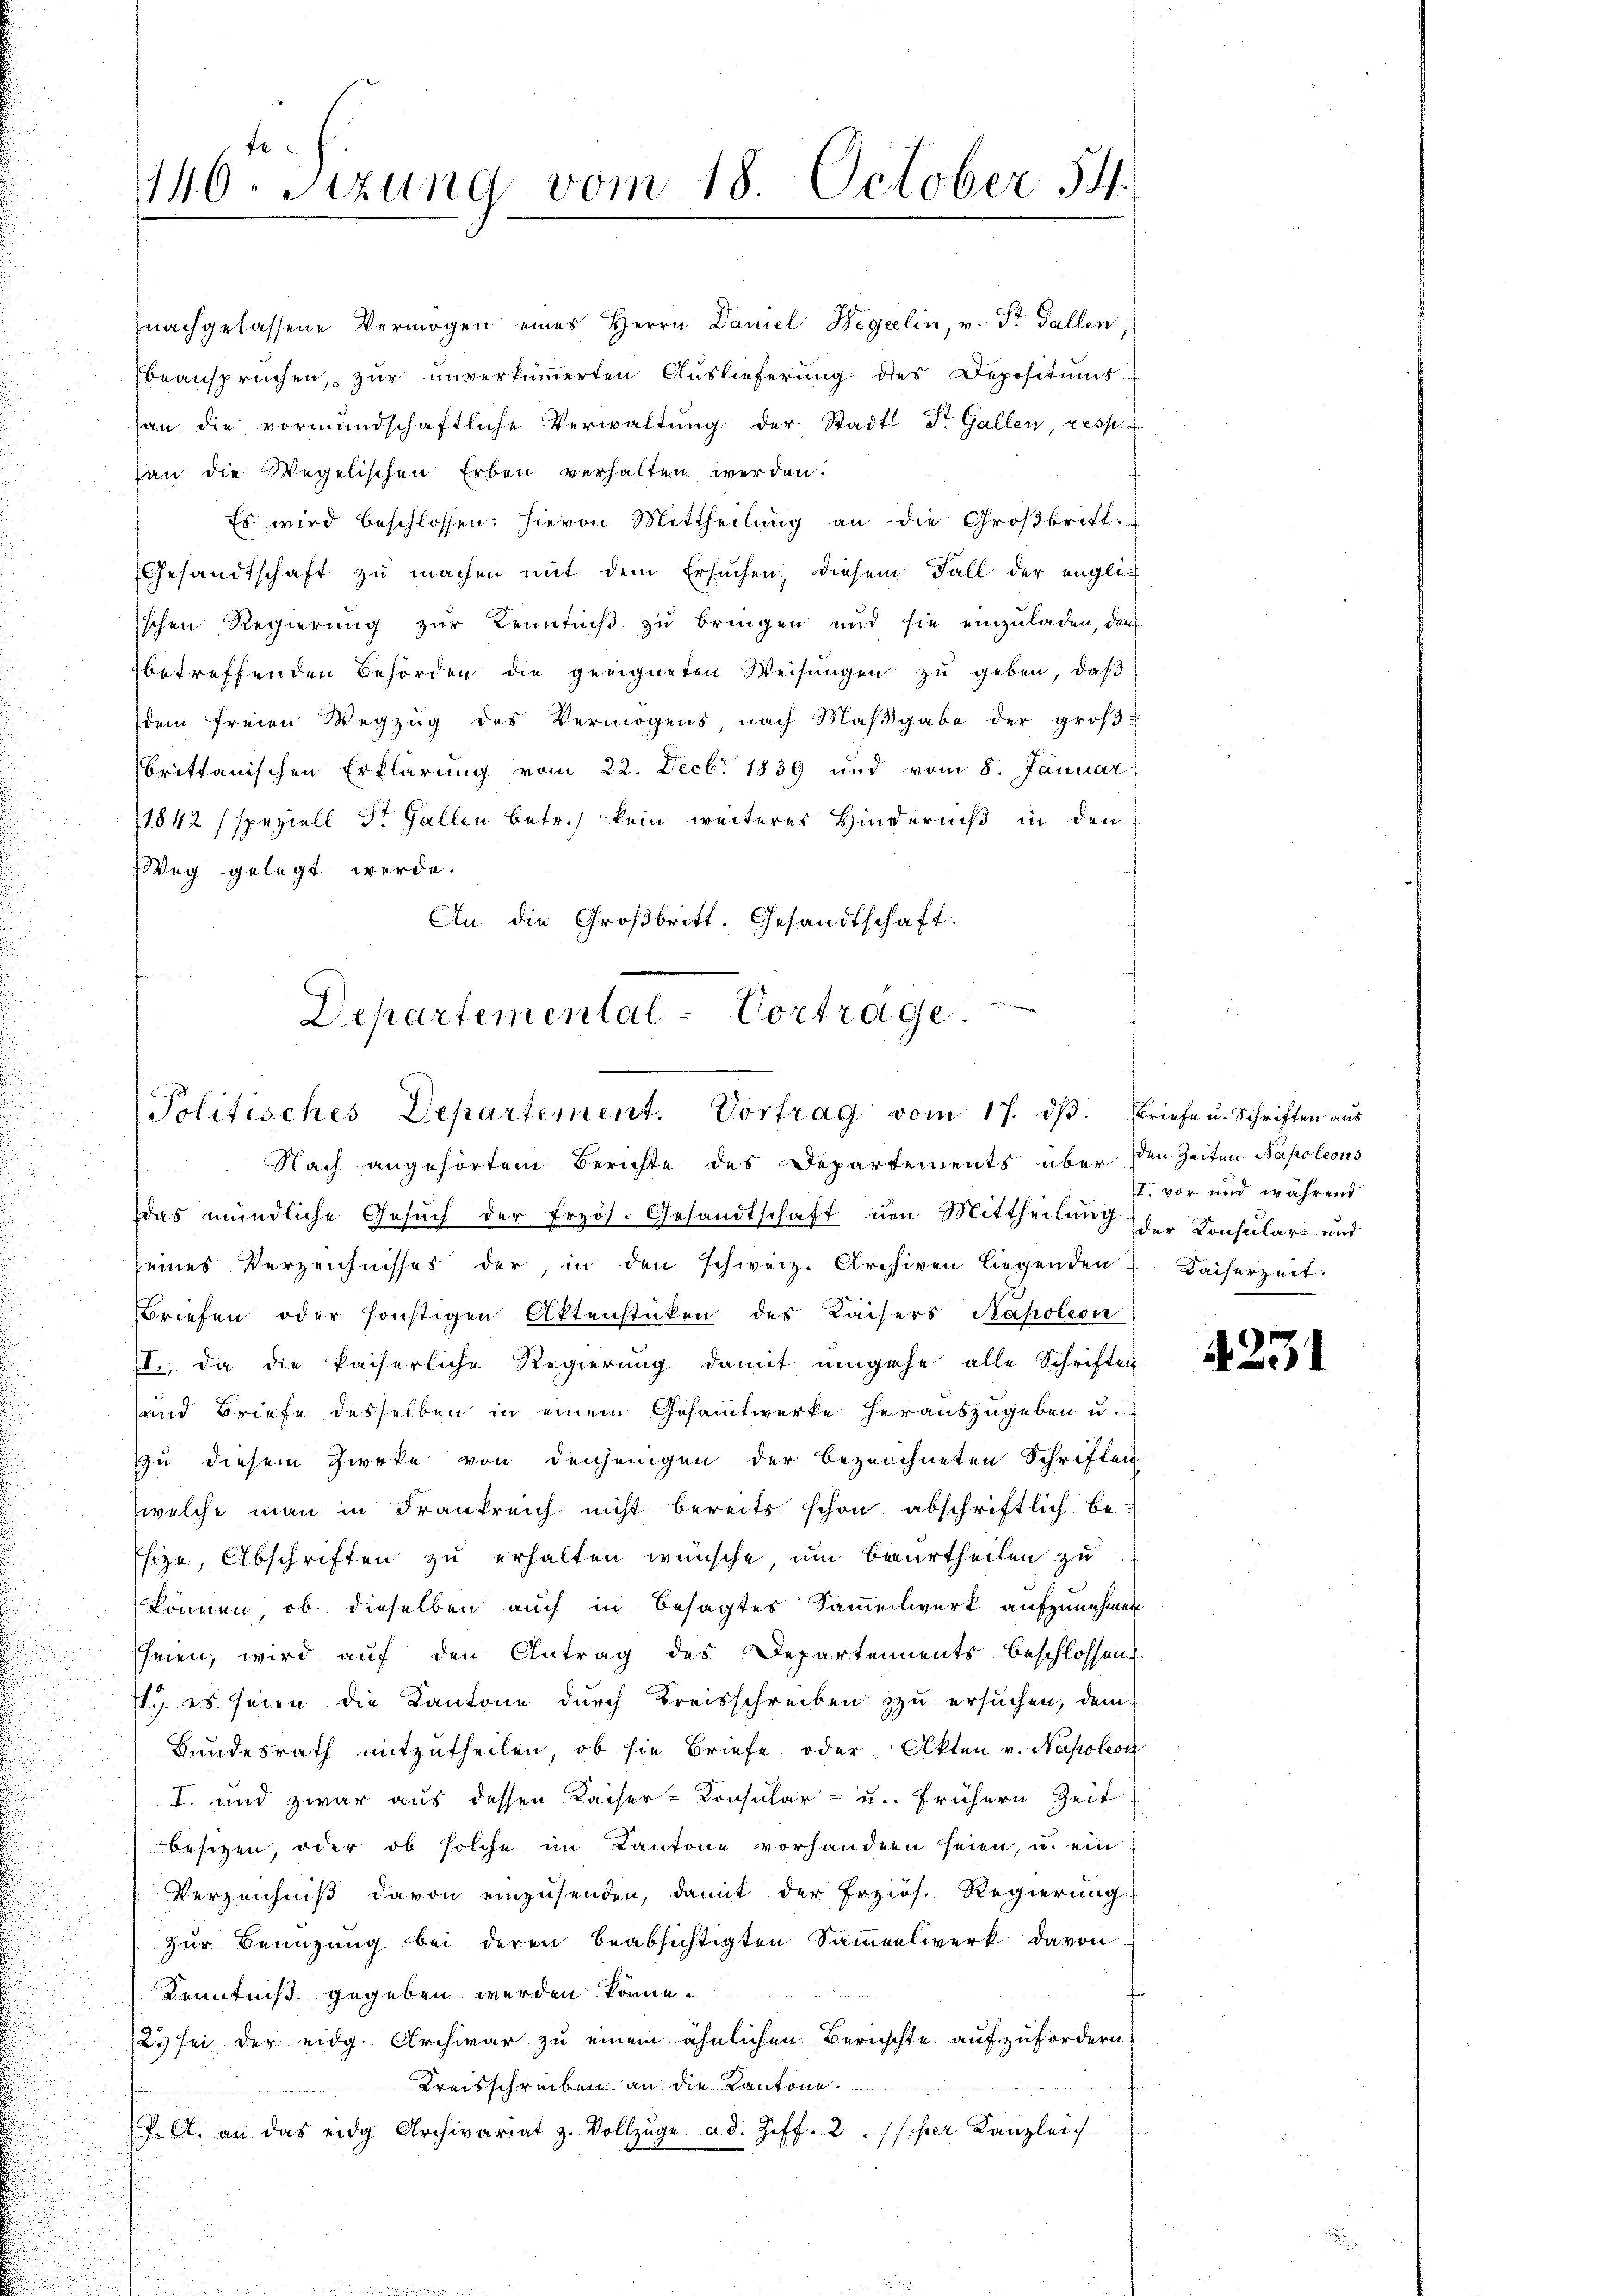
140. Sitzung vom 18. October 54.

nachgelassene Vermögen eines Herrn Daniel Wegeelin, v. St. Gallen,
beanspruchen, zur unverkümmerten Auslieferung des Depositums
han die vormundschaftliche Verwaltŭng der Stadts. Dr. Gallen, resp.
an die Wegelischen Erben verhalten werden.
Es wird beschlossen: hievon Mittheilung an die Großbritt.
Gesandtschaft zŭ machen mit dem Ersuchen, diesem Fall der engli
sschen Regierung zur Kenntniß zu bringen und sie einzuladen, den
betreffenden Behörden die geeigneten Weisungen zu geben, daß
dem freien Wegzŭg des Vermögens, nach Maβgabe der groβ-
brittanischen Erklärung vom 22. Decbr 1839 und vom 8. Januar
1842 (speziell St. Gallen betr.) kein weiteres Hinderniß in den
Weg gelegt werde.
An die Großbritt. Gesandtschaft.

Departemental-Vortrage.
Politisches Departement. Vortrag vom 17. dβ. Briefe u. Schriften aŭs

Nach angehörtem Berichte des Departements über den Zeiten Napoleous
das mündliche Gesuch der Frzös. Gesandtschaft um Mittheilung der Konsular- und
seines Verzeichnisses der in den schweiz. Archiven liegenden Kaiserzeit.
Briefen oder sonstigen Aktenstücken des Kaisers Napoleon
, da die kaiserliche Regierung damit umgehe alle Schriften
und Briefe desselben in einem Gesammtwerke herauszugeben u.
Zu diesem Zwecke von denjenigen der bezeichneten Schriften
welche man in Frankreich nicht bereits schon abschriftlich be-
size, Abschriften zu erhalten wünsche um beurtheilen zu
können, ob dieselben auch in besagtes Sammelwerk aufzunehmen
heien, wird auf den Antrag des Departements beschlossen
s.) es seien die Kantone durch Kreisschreiben zu ersuchen, dem
Bundesrath mitzutheilen, ob sie Briefe oder Akten v. Napoleon
I. und zwar aus dessen Kaiser-Konsular- u. frühern Zeit
besezen, oder ob solche im Kantone vorhandern seien, u. ein
Verzeichniß davon einzusenden, damit der Erzios. Regierung
zur Benuzung bei deren beabsichtigten Sammelwerk davon
 Kenntniß gegeben werden könne.
12 sei der eidg. Archivar zu einem ähnlichen Berichte aufzufordern
Kreisschreiben an die Kantone.
J. A. an das eidg Archivariat z. Vollzŭge ad. Ziff. 2. der Kanzlei

t. vor und während

425